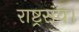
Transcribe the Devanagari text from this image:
राष्ट्रसंघ।